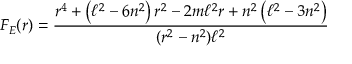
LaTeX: F _ { E } ( r ) = \frac { r ^ { 4 } + \left( \ell ^ { 2 } - 6 n ^ { 2 } \right) r ^ { 2 } - 2 m \ell ^ { 2 } r + n ^ { 2 } \left( \ell ^ { 2 } - 3 n ^ { 2 } \right) } { ( r ^ { 2 } - n ^ { 2 } ) \ell ^ { 2 } }